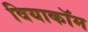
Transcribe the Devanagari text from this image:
वियाकॉम